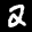
Label: 2